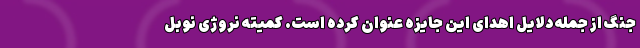
جنگ از جمله دلایل اهدای این جایزه عنوان کرده است. کمیته نروژی نوبل